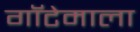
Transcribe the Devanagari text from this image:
गॉटेमाला